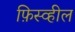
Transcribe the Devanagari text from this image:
फ़िस्व्हील